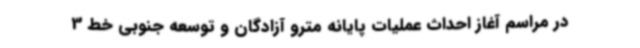
در مراسم آغاز احداث عملیات پایانه مترو آزادگان و توسعه جنوبی خط 3